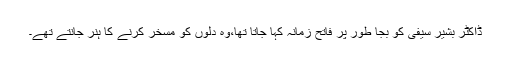
ڈاکٹر بشیر سیفی کو بجا طور پر فاتح زمانہ کہا جاتا تھا،وہ دلوں کو مسخر کرنے کا ہنر جانتے تھے۔